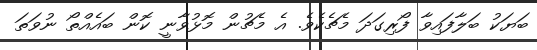
ބަޔަކު ބަލާފައިވާ ފޯރިގަދަ މެޗެކެވެ. އެ މެޗުން މޮޅުވާނީ ކޮން ބައެއްތޯ ނުވަތަ